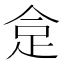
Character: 𧿍